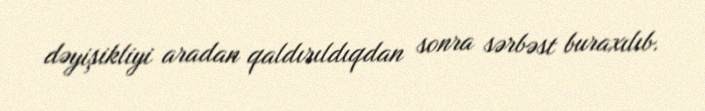
dəyişikliyi aradan qaldırıldıqdan sonra sərbəst buraxılıb.